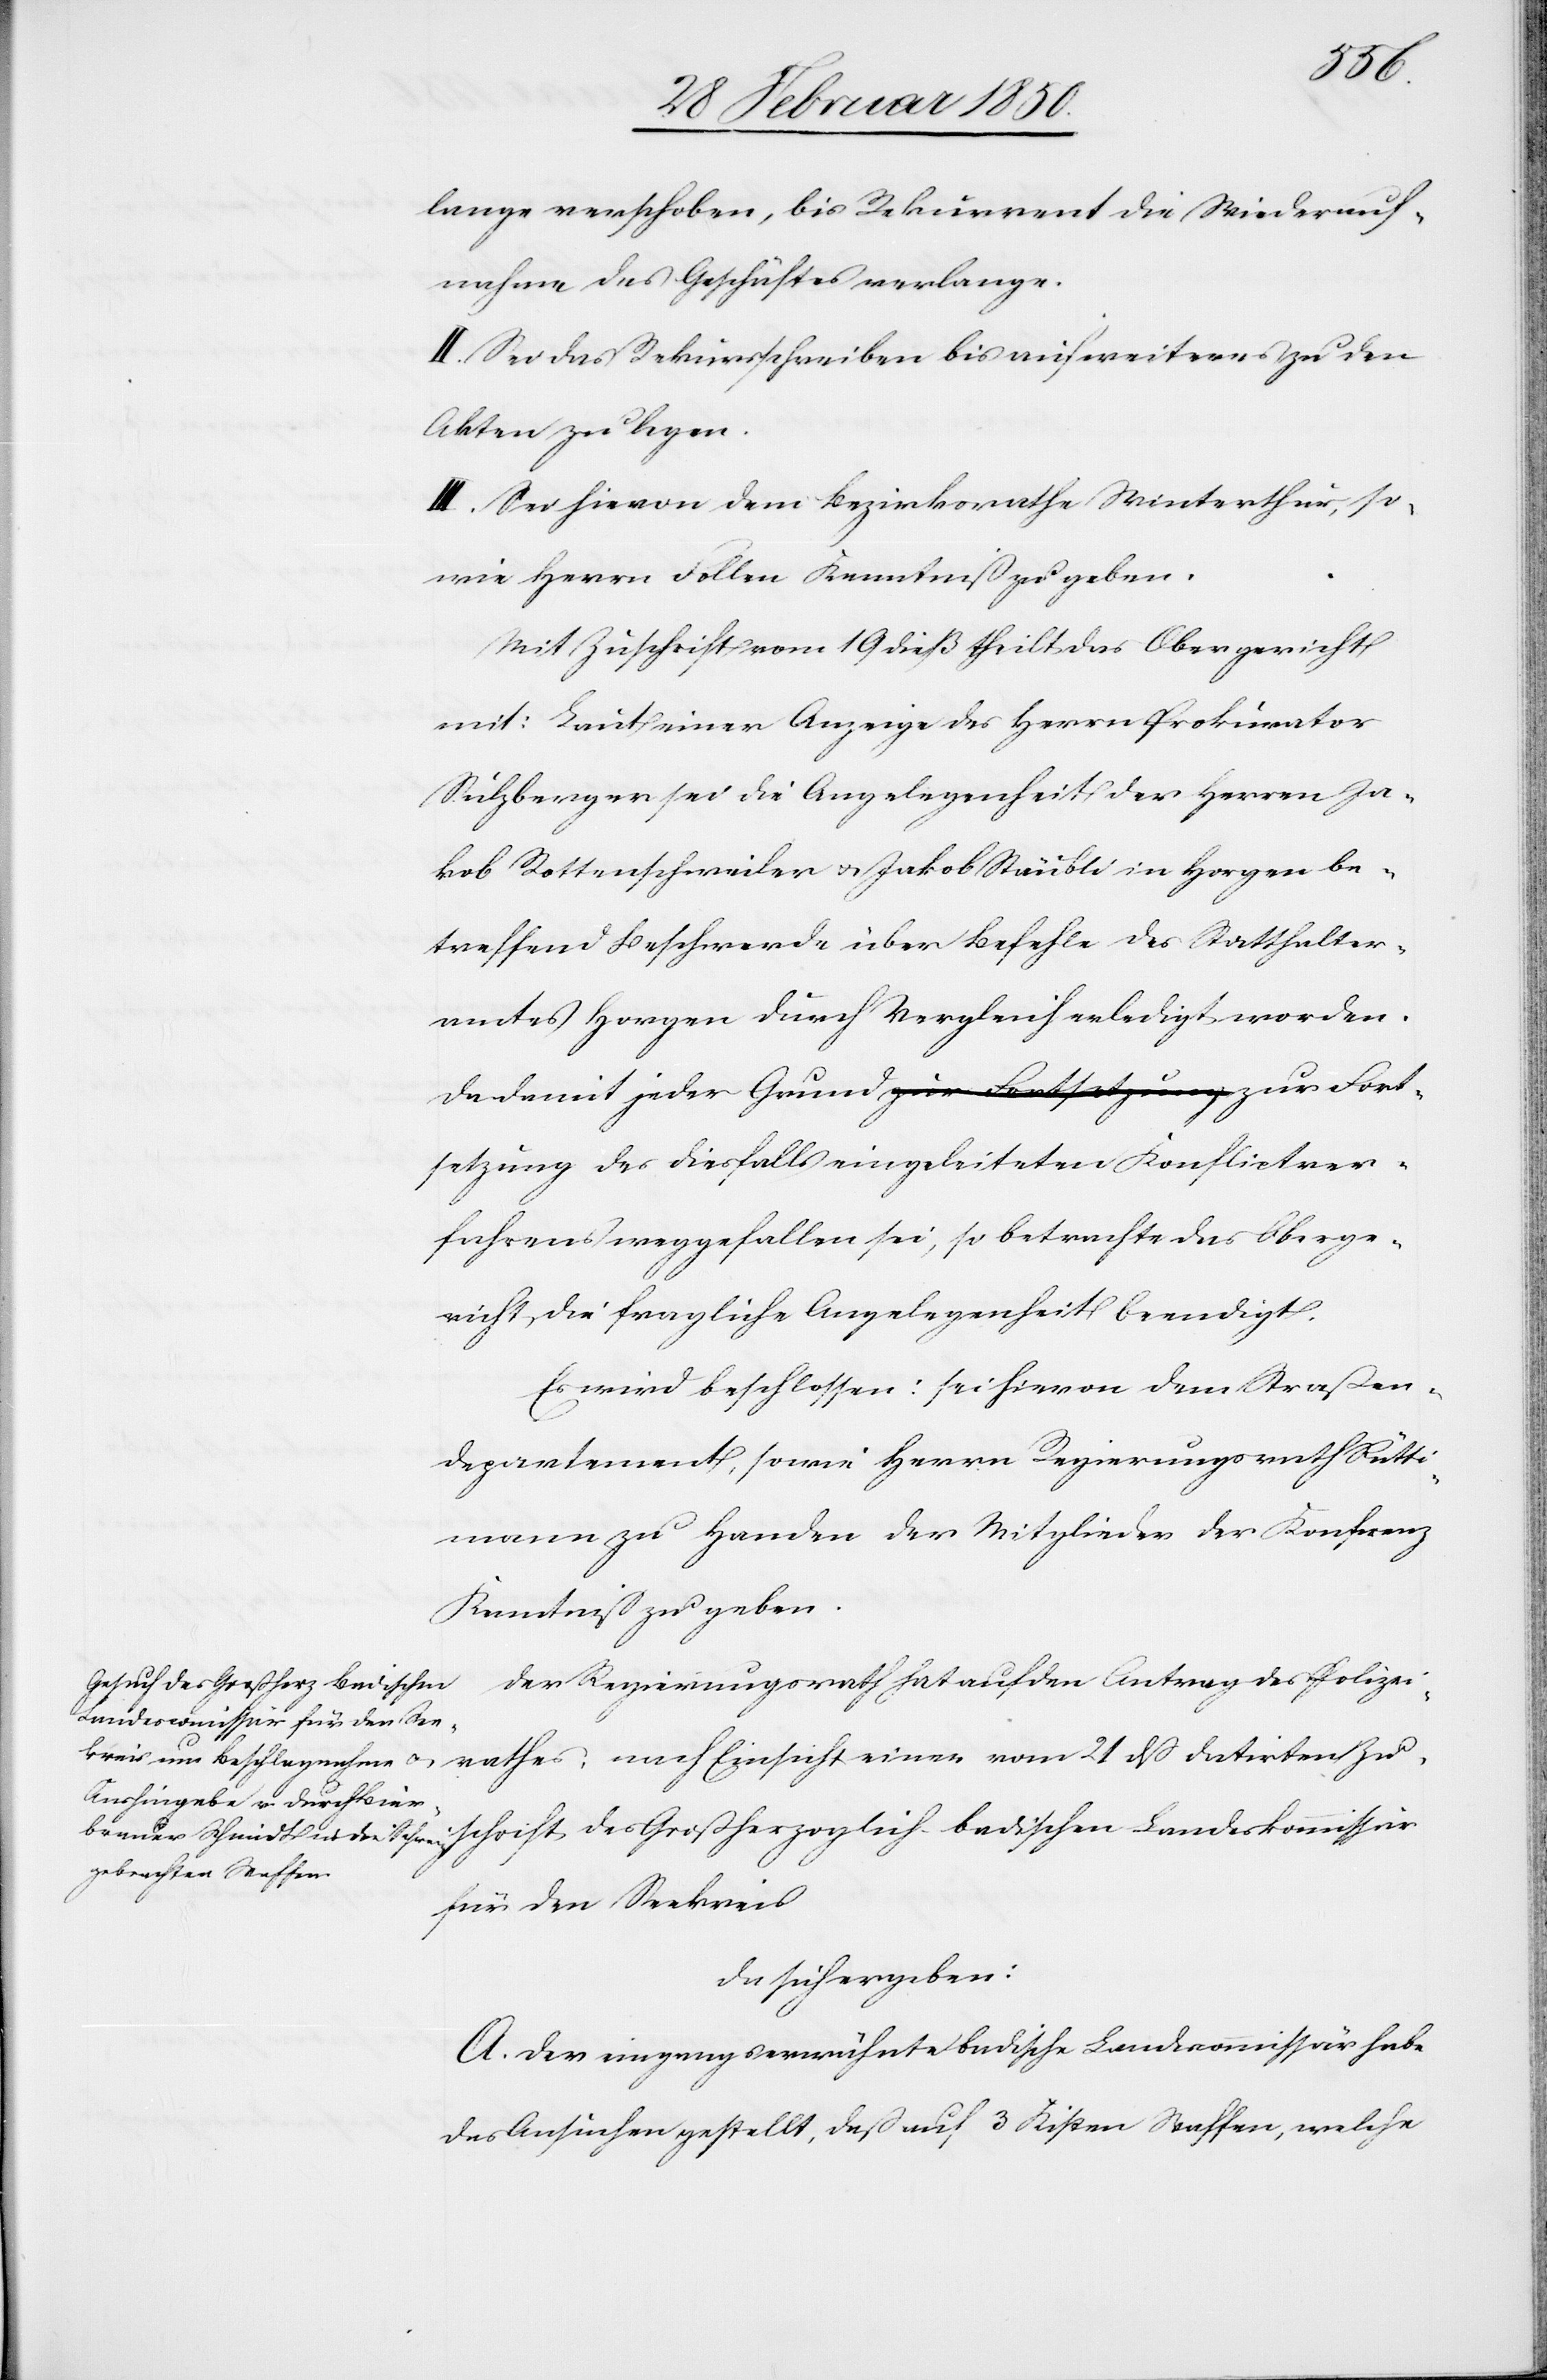
rathes,
lange verschoben, bis Rekurrent die Wiederauf¬
nahme des Geschäftes verlange.
II. Sei das Rekursschreiben bis auf weiteres zu den
Akten zu legen.
III. Sei hievon dem Bezirke Winterthur, so¬
wie Herrn Follen Kenntniß zu geben.
Mit Zuschrift vom 19 dieß theilt das Obergericht
mit: Laut einer Anzeige des Herrn Prokurator
Sulzberger sei die Angelegenheit der Herren Ja¬
kob Rottenschweiler u. Jakob Stäubli in Horgen be¬
treffend Beschwerde über Befehle des Statthalter¬
amtes Horgen durch Vergleich erledigt worden.
Da damit jeder Grund zur Fortsetzung des dies¬
fahrens weggefallen sei, so betrachte das Oberge¬
richt, die fragliche Angelegenheit beendigt.
Es wird beschlossen: sei hievon dem Straßen¬
departement, sowie Herrn Regierungsrath Rütti¬
mann zu Handen der Mitglieder der Konferenz
Kenntniß zu geben.
Der Regierungsrath hat auf den Antrag des Polizei¬
Zuschrift des Großherzoglich-Badischen Landeskommissär
für den Seekreis
da sich ergeben:
A. Der eingangserwähnte badische Landescommissär habe
das Ansuchen gestellt, daß auf 3 Kisten Waffen, welche